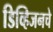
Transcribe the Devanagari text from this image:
डिव्हिजनचे